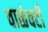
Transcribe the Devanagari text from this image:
वाळंवटी